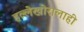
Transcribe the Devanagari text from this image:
हल्लेखोरालाही